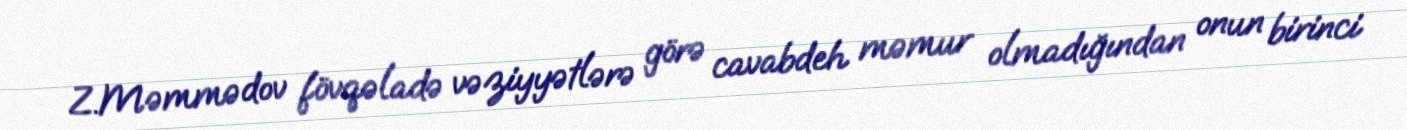
Z.Məmmədov fövqəladə vəziyyətlərə görə cavabdeh məmur olmadığından onun birinci